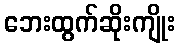
ဘေးထွက်ဆိုးကျိုး